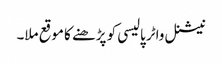
نیشنل واٹر پالیسی کو پڑھنے کا موقع ملا۔